Report on enteric fever
Disease focus: Fever
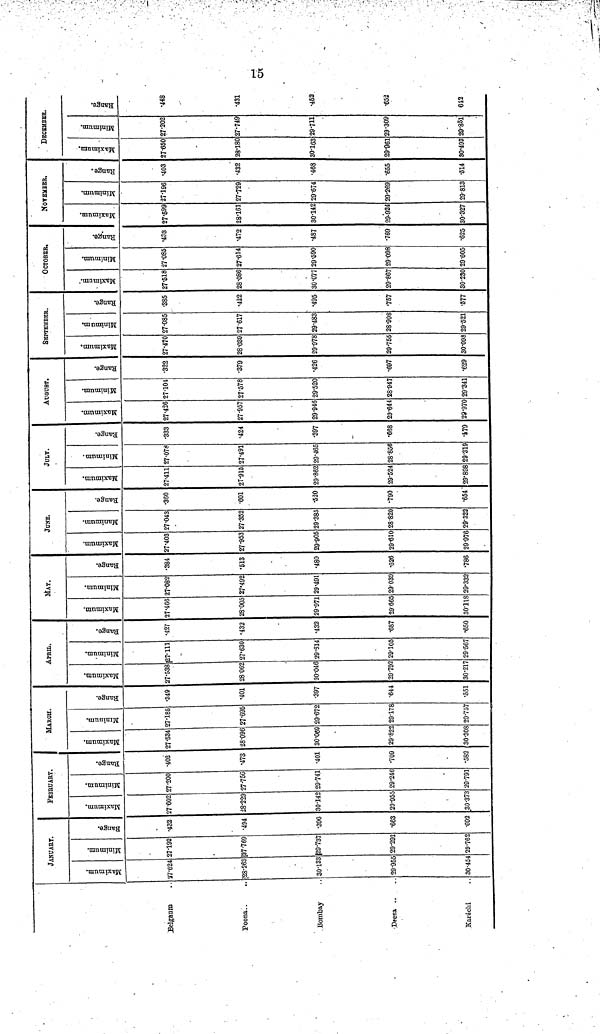
15
Belgaum ..
Poona..
Bombay
Deesa ..
Karachi
JANUARY.
Minimum.
27.624
28.263
30.133
29.955
30.454
Minimum.
27.192
27.769
29.737
29.293
29.762
Range.
.432
.494
.390
.663
.692
FEBRUARY.
Maximum.
27.602
28.229
30.142
29.955
30.373
Minimum.
27.200
27.756
29.741
29.246
29.791
Range.
.402
.473
.401
.709
.582
MARCH.
Maximum.
27.534
28.096
30.069
29.822
30.308
Minimum.
27.185
27.695
29.672
29.178
29.757
Range.
.349
.401
.397
.644
.551
APRIL.
Maximum.
27.538
28.062
30.046
29.792
30.217
Minimum.
27.111
27.630
29.614
29.105
29.567
Range.
.427
.432
.432
.687
.650
MAY.
Maximum.
27.466
28.005
29.971
29.665
30.118
Minimum.
27.082
27.492
29.491
29.039
29.332
Range.
.384
.513
.480
.626
.786
JUNE.
Maximum.
27.403
27.953
29.905
29.610
29.976
Minimum.
27.043
27.352
29.385
28.820
29.322
Range.
.360
.601
.520
.790
.654
JULY.
Maximum.
27.411
27.915
29.862
29.524
29.898
Minimum.
27.078
27.491
29.465
28.856
29.319
Range.
.333
.424
.397
.668
.579
AUGUST.
Maximum.
27.426
27.957
29.946
29.644
29.970
Minimum.
27.104
27.578
29.520
28.947
29.341
Range.
.322
.379
.426
.697
.629
SEPTEMBER.
Maximum.
27.470
28.039
29.978
29.755
30.098
Minimum.
27.085
27.617
29.483
28.998
29.521
Range.
.385
.422
.495
.757
.577
OCTOBER,
Maximum.
27.518
28.086
30.077
29.867
30.230
Minimum.
27.085
27.614
29.590
29.098
29.605
Range.
.433
.472
.487
.769
.625
NOVEMBER.
Maximum.
27.599
28.161
30.142
20.924
30.327
Minimum.
27.196
27.729
29.674
29.269
29.813
Range.
.403
.432
.468
.655
.514
DECEMBER.
Maximum
27.650
28.180
30.163
29.961
30.493
Minimum.
27.202
27.749
29.711
29.309
29.851
Range.
.448
.431
.452
.652
642